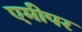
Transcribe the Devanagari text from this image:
एमीपर